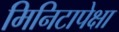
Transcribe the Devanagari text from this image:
मिनिटापेक्षा